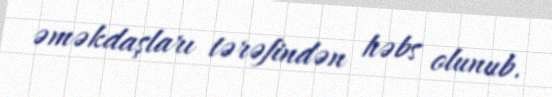
əməkdaşları tərəfindən həbs olunub.